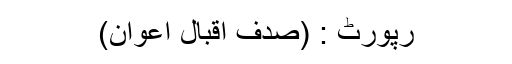
رپورٹ : (صدف اقبال اعوان)